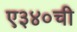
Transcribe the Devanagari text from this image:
ए३४०ची